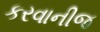
કરવાનીજ